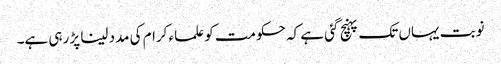
نوبت یہاں تک پہنچ گئی ہے کہ حکومت کو علماء کرام کی مدد لینا پڑ رہی ہے۔